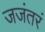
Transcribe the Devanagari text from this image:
जजंतरं